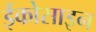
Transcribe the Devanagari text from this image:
ईकोसाइन